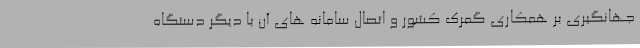
جهانگیری بر همکاری گمرک کشور و اتصال سامانه های آن با دیگر دستگاه